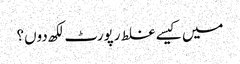
میں کیسے غلط رپورٹ لکھ دوں؟